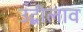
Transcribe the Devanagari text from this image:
उद्बीलाव